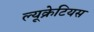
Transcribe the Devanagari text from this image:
ल्यूक्रेटियस